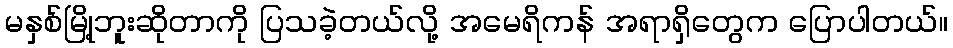
မနှစ်မြို့ဘူးဆိုတာကို ပြသခဲ့တယ်လို့ အမေရိကန် အရာရှိတွေက ပြောပါတယ်။